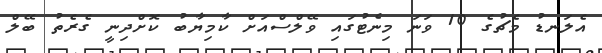
އެލަނޑު މެޗުގެ 10 ވަނަ މިނެޓުގައި ވޭލްސްއަށް ކާމިޔާބު ކޮށްދިނީ ގެރެތު ބޭލް